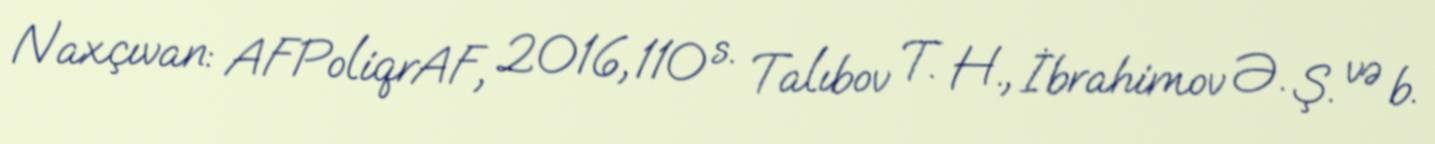
Naxçıvan: AFPoliqrAF, 2016, 110 s. Talıbov T. H., İbrahimov Ə. Ş. və b.